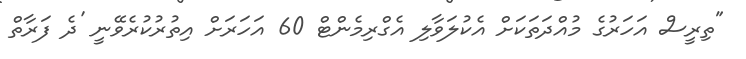
"ތިރީސް އަހަރުގެ މުއްދަތަކަށް އެކުލަވާލި އެގްރިމެންޓް 60 އަހަރަށް އިތުރުކުރެވޭނީ 'ދެ ފަރާތް